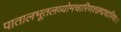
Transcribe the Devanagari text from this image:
पातालभूतलव्योमचारिणश्छद्मचारिणः।